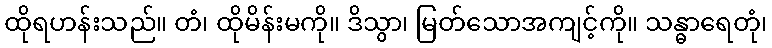
ထိုရဟန်းသည်။ တံ၊ ထိုမိန်းမကို။ ဒိသွာ၊ မြတ်သောအကျင့်ကို။ သန္ဓာရေတုံ၊